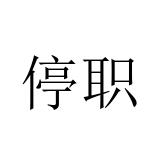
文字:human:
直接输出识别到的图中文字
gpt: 停职